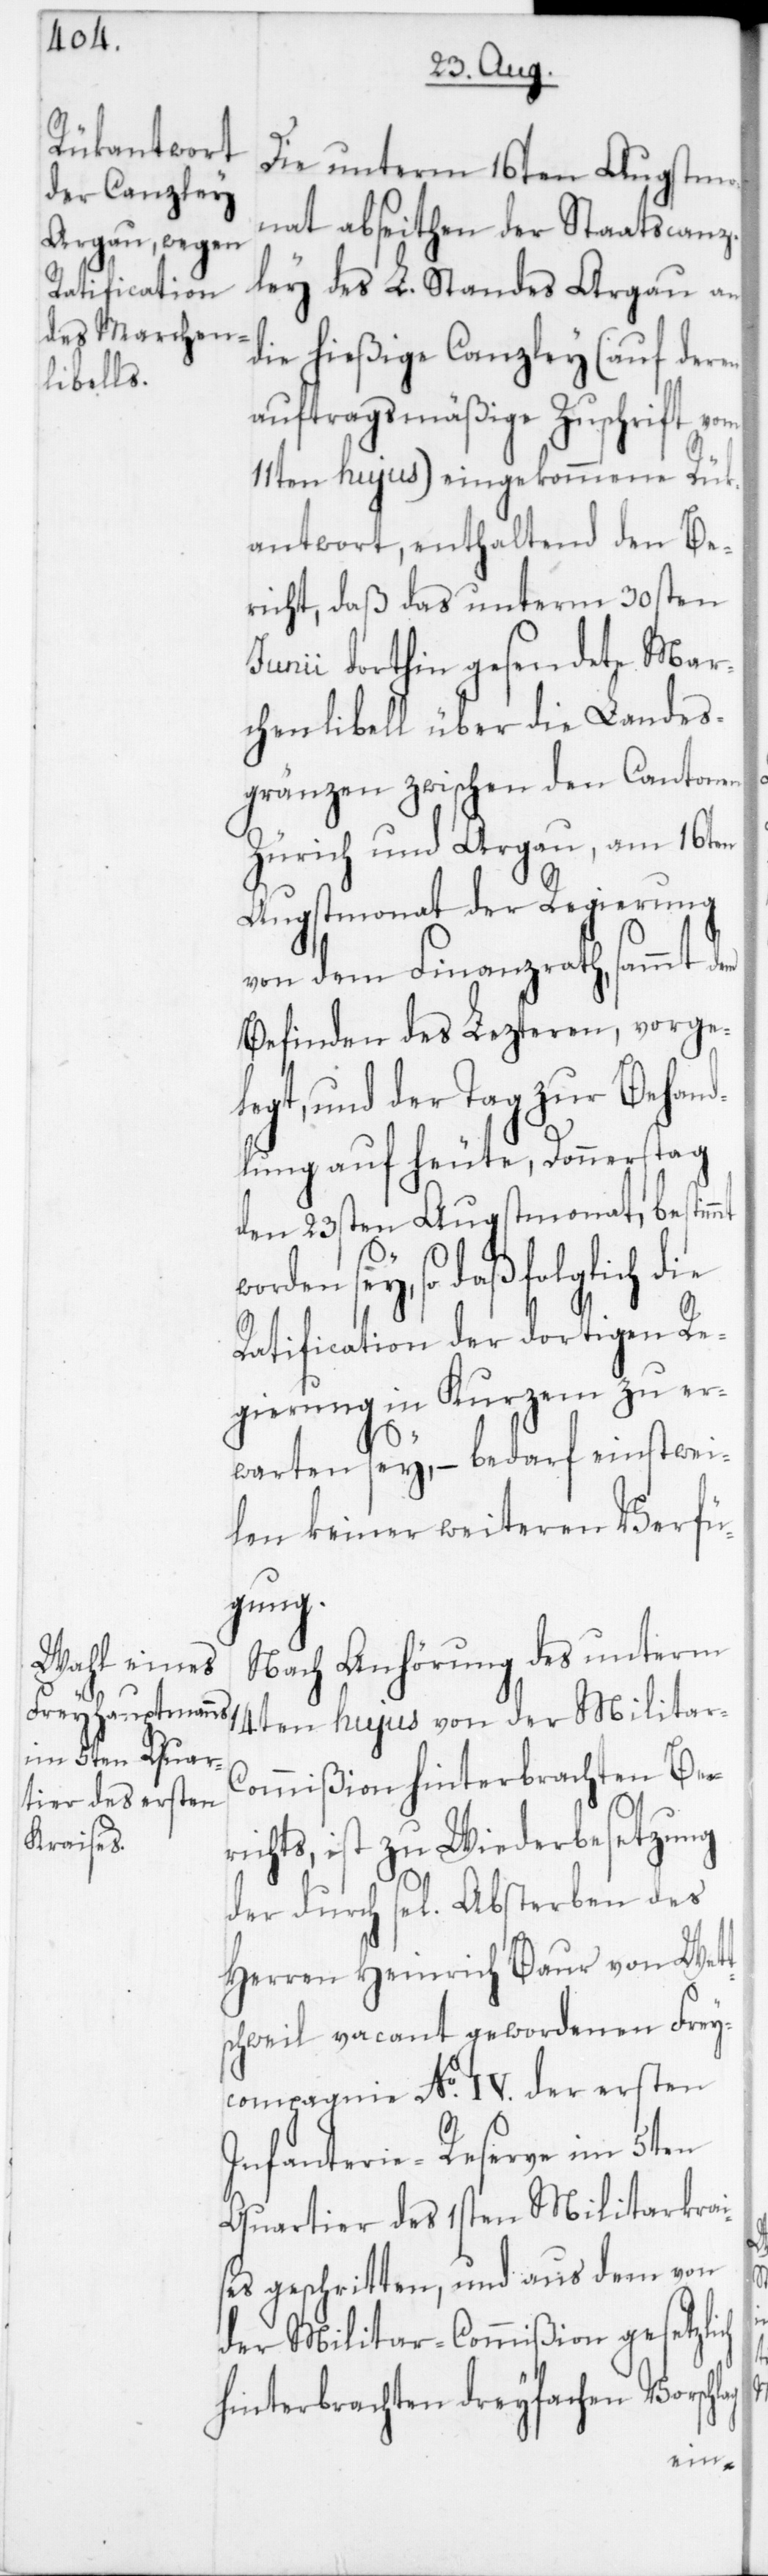
Die unterm 16ten Augstmo¬
nat abseiten der Staatscanz¬
ley des L. Standes Argau an
die hießige Canzley (auf deren
auftragsmäßige Zuschrift vom
11ten hujus) eingekommene Rük¬
antwort, enthaltend den Be¬
richt, daß das unterm 30sten
Junii dorthin gesendete Mar¬
chenlibell über die Landes¬
gränzen zwischen den Cantonen
Zürich und Argau, am 16ten
Augstmonat der Regierung
von dem Finanzrath, sammt dem
Befinden des Lezteren, vorge¬
legt, und der Tag zur Behand¬
lung auf heute, Donnerstag
den 23sten Augstmonat, bestim¬
worden sey, so daß folglich die
Ratification der dortigen Re¬
gierung in Kurzem zu er¬
warten sey, – bedarf einstwei¬
len keiner weiteren Verfü¬
gung.
Nach Anhörung des unterm
14ten hujus von der Militar-C¬
ommißion hinterbrachten Be¬
richts, ist zu Wiederbesetzung
der durch sel. Absterben des
Herren Heinrich Baur von Wett¬
schweil vacant gewordenen Frey¬
compagnie No IV. der ersten
Infanterie-Reserve im 5ten
Quartier des 1sten Militarkrai¬
ses geschritten, und aus dem von
der Militar-Commißion gesetzl¬
hinterbrachten dreyfachen Vorschl¬
ag